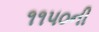
૧૧૫૦ની